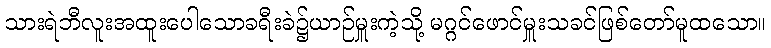
သားရဲဘီလူးအထူးပေါသောခရီးခဲ၌ယာဉ်မှူးကဲ့သို့ မဂ္ဂင်ဖောင်မှူးသခင်ဖြစ်တော်မူထသော။